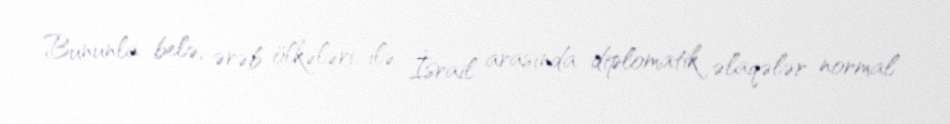
Bununla belə, ərəb ölkələri ilə İsrail arasında diplomatik əlaqələr normal